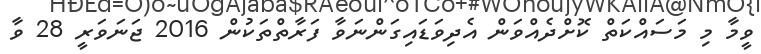
ވީމާ މި މަސައްކަތް ކޮށްދެއްވަން އެދިވަޑައިގަންނަވާ ފަރާތްތަކުން 2016 ޖަނަވަރީ 28 ވާ